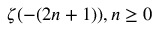
\zeta ( - ( 2 n + 1 ) ) , n \geq 0